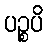
ပဉ္စပိ